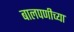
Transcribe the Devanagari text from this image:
बालपणीच्या